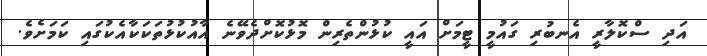
އަދި ސްކޮލާރީ އެނބުރި ގައުމީ ޓީމަށް އައީ ކުޅުންތެރިން މޮޅުކޮށްދެވޭނެ އާއުކުޅުތަކަކާއެކުގައި ކަމަށެވެ.